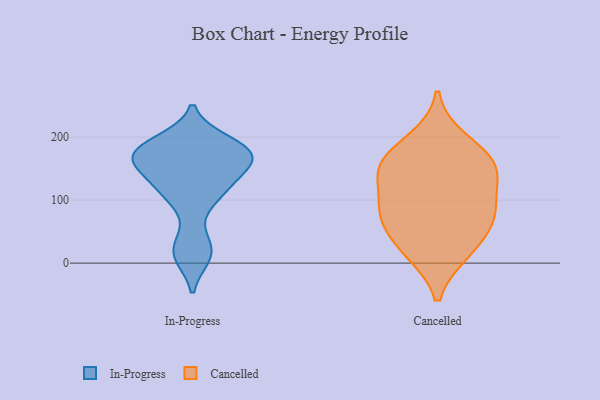
{"axis": {"x": "Gross Profit (USD K)", "y": "Value"}, "legend": ["Cancelled", "In-Progress"], "data": [{"x": "", "y": 187, "type": "In-Progress"}, {"x": "", "y": 169, "type": "In-Progress"}, {"x": "", "y": 177, "type": "In-Progress"}, {"x": "", "y": 165, "type": "In-Progress"}, {"x": "", "y": 134, "type": "In-Progress"}, {"x": "", "y": 105, "type": "In-Progress"}, {"x": "", "y": 180, "type": "In-Progress"}, {"x": "", "y": 12, "type": "In-Progress"}, {"x": "", "y": 192, "type": "In-Progress"}, {"x": "", "y": 112, "type": "In-Progress"}, {"x": "", "y": 30, "type": "In-Progress"}, {"x": "", "y": 160, "type": "In-Progress"}, {"x": "", "y": 112, "type": "In-Progress"}, {"x": "", "y": 15, "type": "In-Progress"}, {"x": "", "y": 170, "type": "In-Progress"}, {"x": "", "y": 155, "type": "In-Progress"}, {"x": "", "y": 153, "type": "Cancelled"}, {"x": "", "y": 153, "type": "Cancelled"}, {"x": "", "y": 22, "type": "Cancelled"}, {"x": "", "y": 158, "type": "Cancelled"}, {"x": "", "y": 18, "type": "Cancelled"}, {"x": "", "y": 87, "type": "Cancelled"}, {"x": "", "y": 195, "type": "Cancelled"}, {"x": "", "y": 90, "type": "Cancelled"}, {"x": "", "y": 144, "type": "Cancelled"}, {"x": "", "y": 76, "type": "Cancelled"}, {"x": "", "y": 63, "type": "Cancelled"}]}